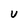
Character: u